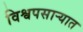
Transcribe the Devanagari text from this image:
विश्वपसाऱ्यात